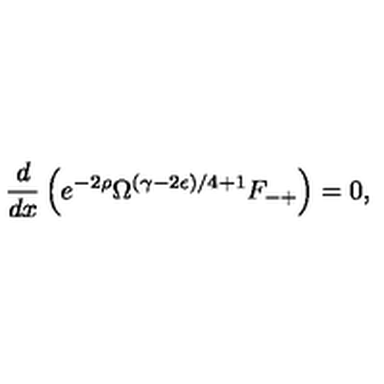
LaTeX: \frac { d } { d x } \left( e ^ { - 2 \rho } \Omega ^ { ( \gamma - 2 \epsilon ) / 4 + 1 } F _ { - + } \right) = 0 ,